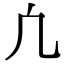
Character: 凢